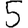
Digit: 5